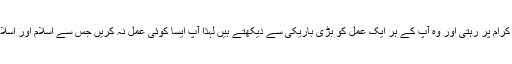
امام (رہ) فرماتے ہیں پوری دنیا کے حجاج کرام کی نگاہ ایرانی حجاج کرام پر رہتی اور وہ آپ کے ہر ایک عمل کو بڑی باریکی سے دیکھتے ہیں لہذا آپ ایسا کوئی عمل نہ کریں جس سے اسلام اور اسلامی جمہوری ایران پر کو ئی خدشہ وارد ہو اور لوگ ہم سے متنفر ہوں۔